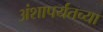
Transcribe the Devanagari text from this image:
अंशापर्यंतच्या